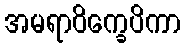
အမရာဝိက္ခေပိကာ